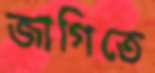
জাগিতে